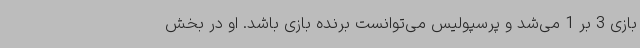
بازی 3 بر 1 می‌شد و پرسپولیس می‌توانست برنده بازی باشد. او در بخش